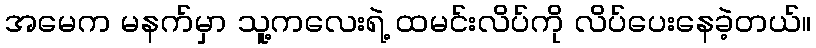
အမေက မနက်မှာ သူ့ကလေးရဲ့ ထမင်းလိပ်ကို လိပ်ပေးနေခဲ့တယ်။